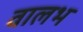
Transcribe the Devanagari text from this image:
वालभ